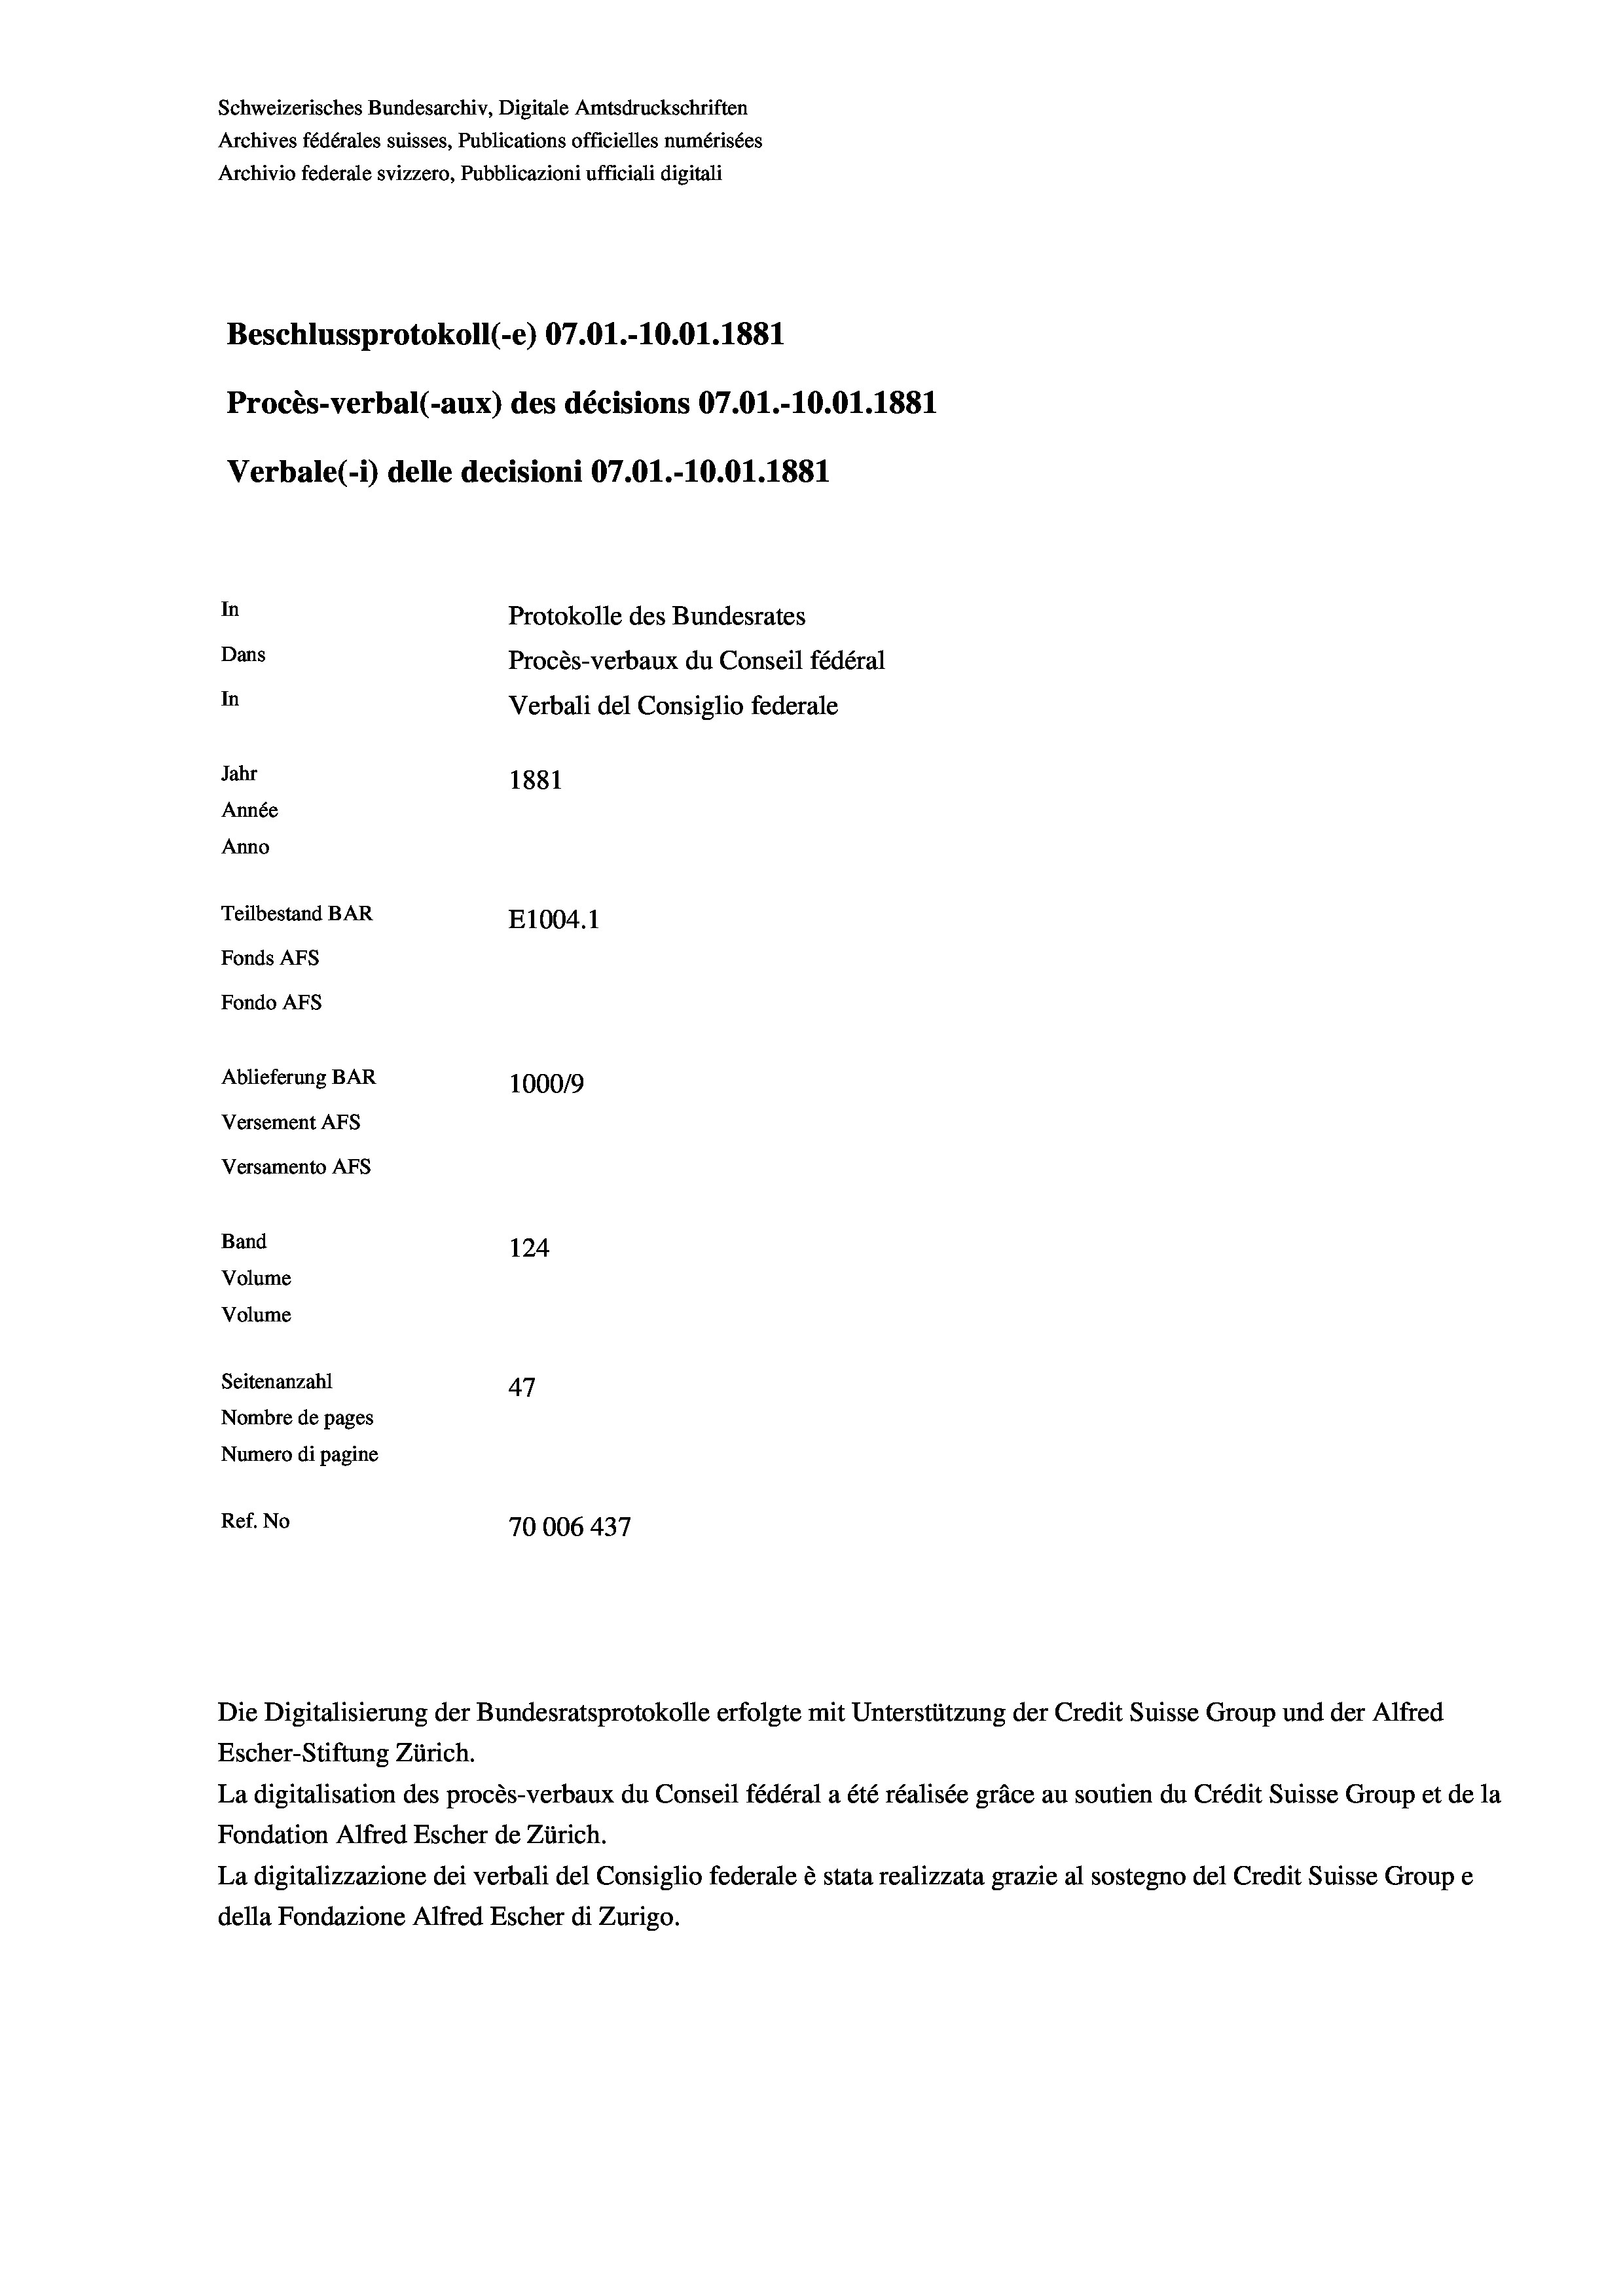
Schweizerisches Bundesarchiv, Digitale Amtsdruckschriften
Archives fédérales suisses, Publications officielles numérisées
Archivio federale svizzero, Pubblicazioni ufficiali digitali
Beschlussprotokoll (-e) 07.01.-10.01. 1881
Procès-verbal (-aux) des décisions 07.01.-10.01. 1881
Verbale (- 1) delle decisioni 07.01.-10.01. 1881
In
Protokolle des Bundesrates
Dans
Procès-verbaux du Conseil fédéral
In
Verbali del Consiglio federale
Jahr
1881
Année
Anno
Teilbestand BAR
E1004. 1
Fonds AFs
Fondo Afs
Ablieferung BAR
100019
Versement AFs
Versamento Afs
Band
124
Volume
Volume
Seitenanzahl
47
Nombre de pages
Numero di pagine
Ref. No
70006 437

Escher-Stiftung Zürich.
La digitalisation des procès-verbaux du Conseil fédéral a été réalisée gräce au soutien du Crédit Suisse Group et de la
Fondation Alfred Escher de Zürich.
La digitalizzazione dei verbali del Consiglio federale è stata realizzata grazie al sostegno del Credit Suisse Groupe
della Fondazione Alfred Escher di Zurigo.

Die Digitalisierung der Bundesratsprotokolle erfolgte mit Unterstützung der Credit Suisse Group und der Alfred